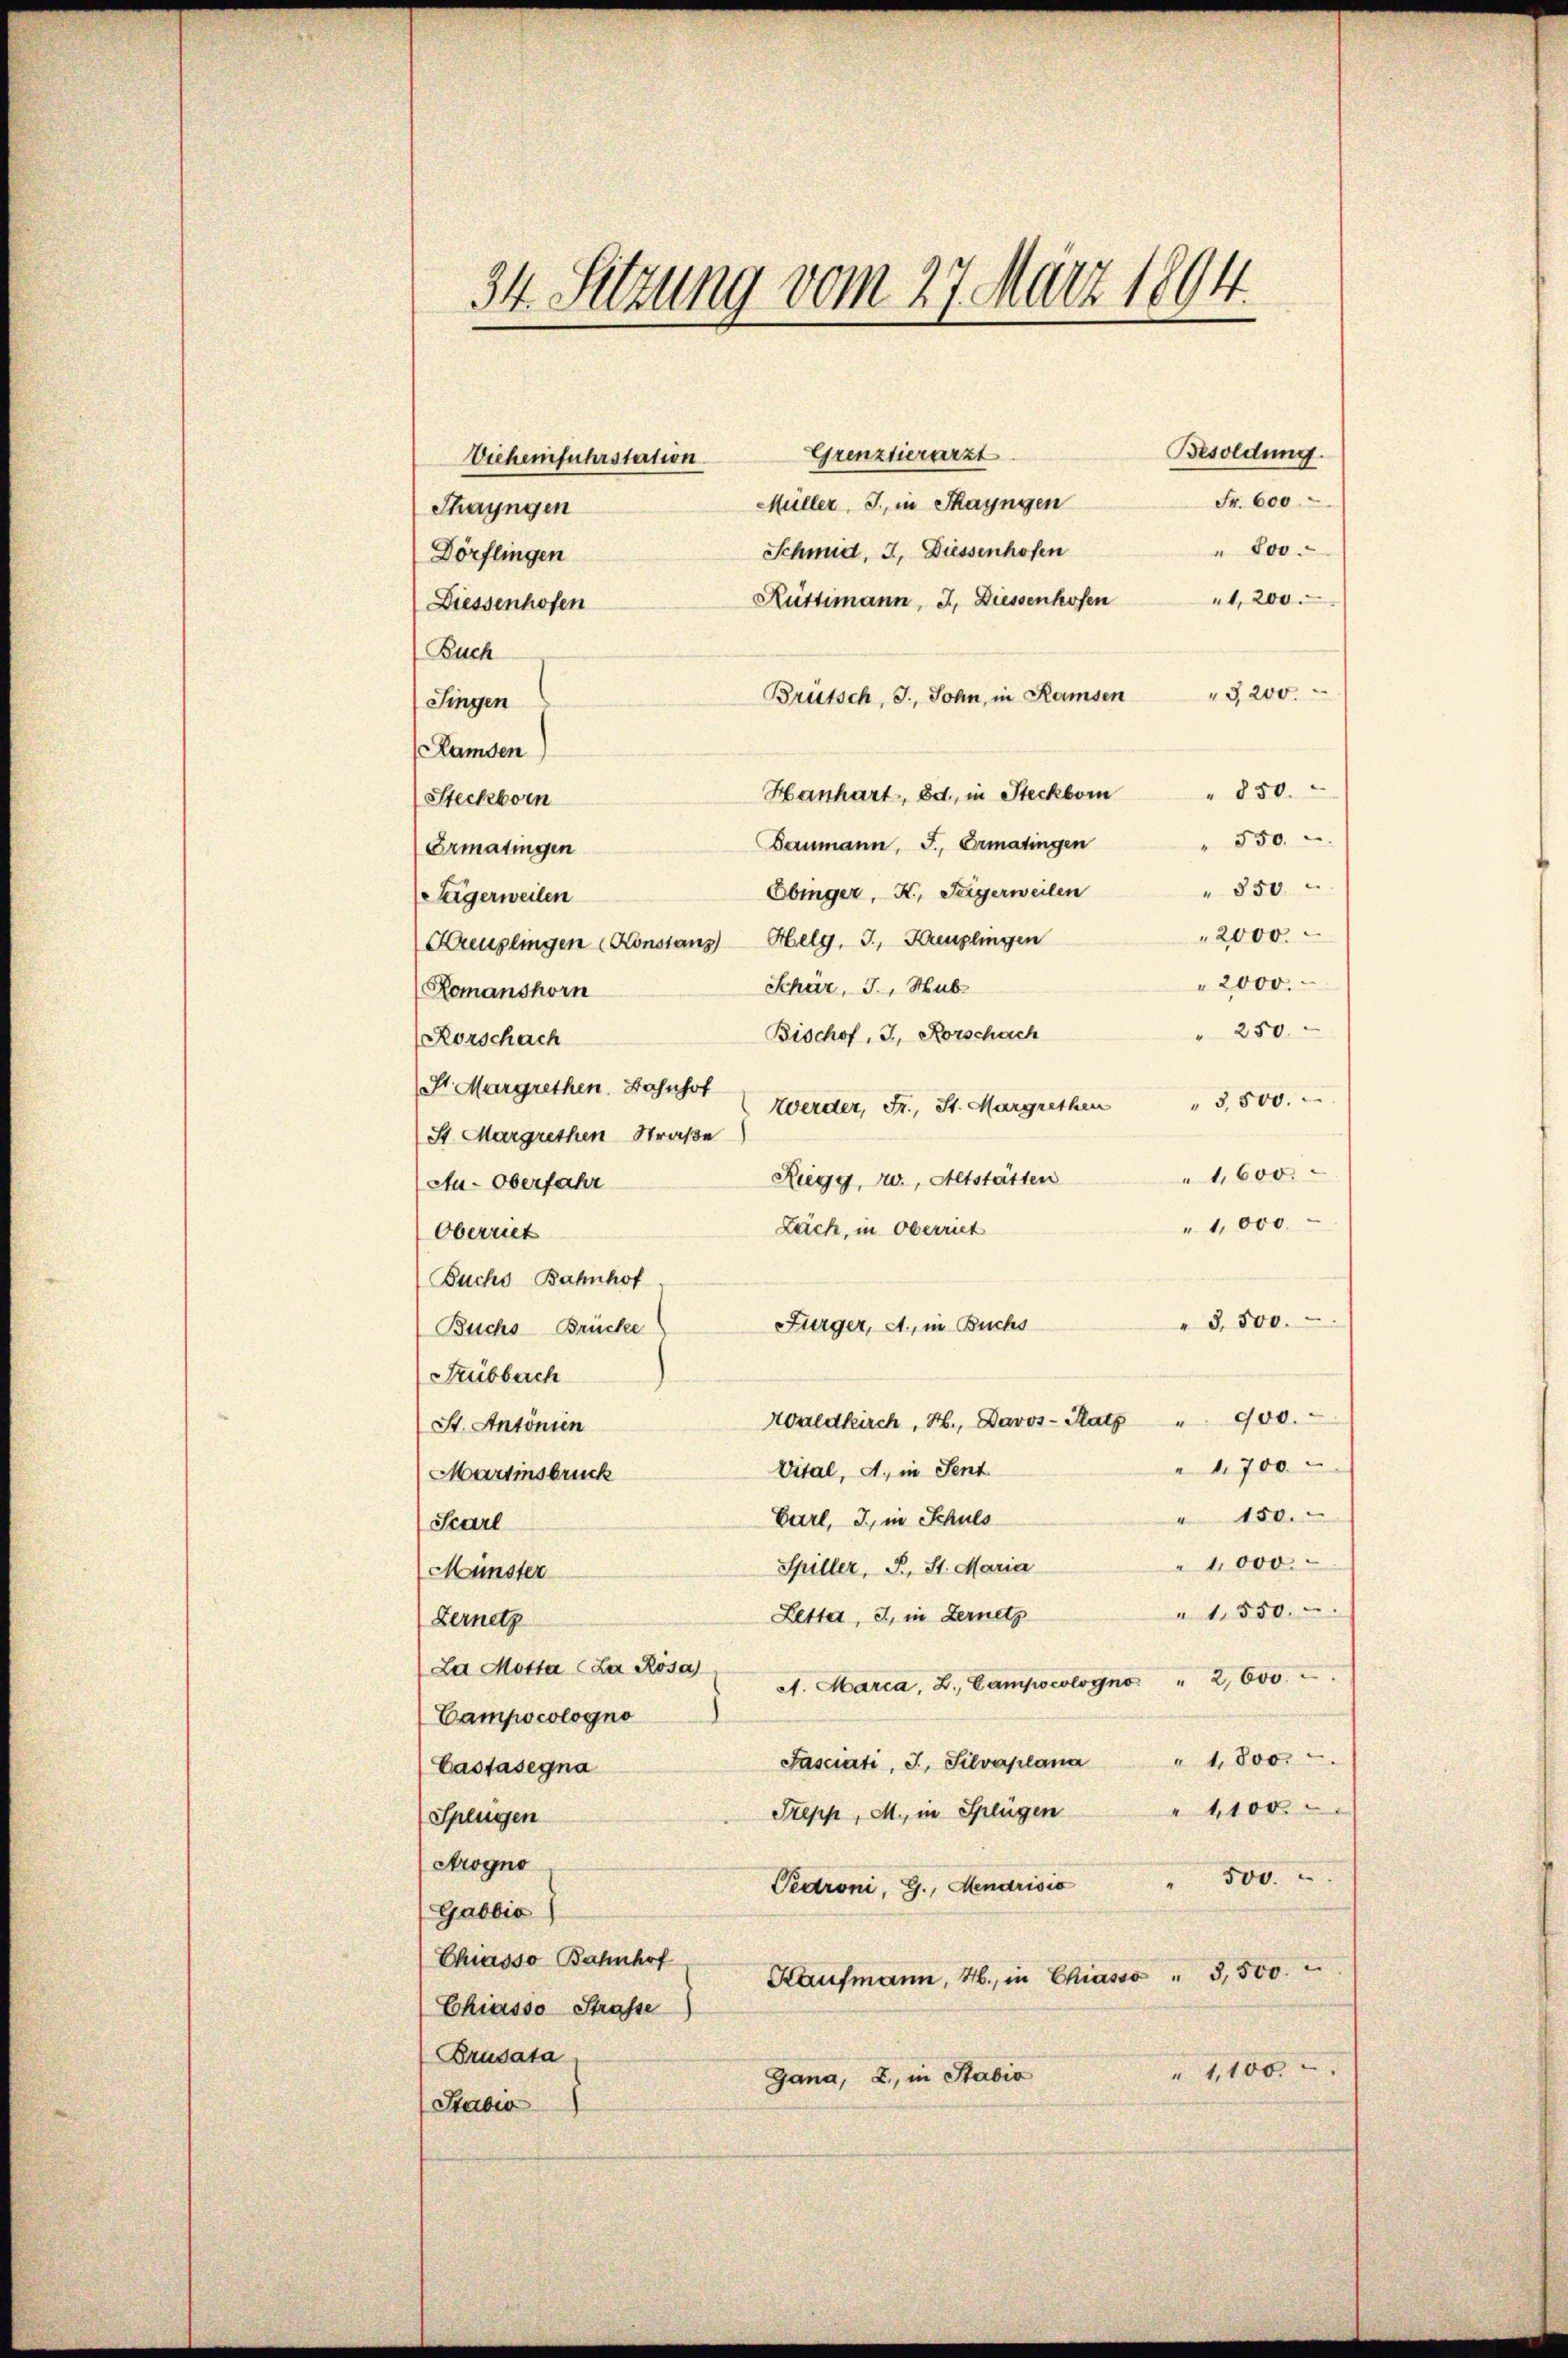
34. Setzung vom 27. März 1894.

Besoldung.
Grenztierarzt.
Fr. 600
Müller, J., in Thayngen
" Jos.
Schmid, I. Diessenhofen
Rüttimann, I. Diessenhofen 1. 200.
Buch
Brütsch, I., Sohn, in Ramsen " 3200.
Singen
Ramden
Hanhart, Edt., in Steckborn " 850.
Steckborn
550.
Baumann, J., Ermatingen
Ermatingen
" 350
Obinger, K. Sagerweilen
Sägerweilen
2000.
Kreuzlingen Konstans Helg. J., Kanzlingen
2000.
Schar, J., Hub
Romanshorn
" 250.
Bischof, J. Rorschach
Rorschach
St. Margrethen, Bahnhof
Werder, Fr., St. Margrethen " 3,500.
St. Margrethen Straße
1,600.
Riegg, u., Altstätten
Au-Oberfahr
"1,000.
Lach, in Oberriet
Oberriet
Buchs Bahnhof
" 3,500.
Fürger, A., in Buchs
Buchs Brücke
Seibburch
Waldkirch, H., Davos-Ratz " 900.
St. Antonien
4700
Vital, A., in Sent
Martinsbruck
" 150.
Carl, I., in Schuls
Starl
1,000.
Spiller, P. St. Maria
Münster
1,550.
Letter, J., in Fernetz
Lernetz
La Motta (La Rosa)
A. Marca, L. Campocologno  "  2600.
Campocologno
" 1,800.
Fasciati, I., Silvaplana
Castasegna
" 1100.
Trepp, M., in Splügen
Spengen
Arogno
500.
Pedroni, G., Mendrisio
Gabbić)
Chiasso Bahnhof
Kaufmann, H., in Chiasso " 3,500.
Chiasso Strasse
Brusata
" 1,100.
Gana, 2, in Stabio
Sterbin

Viehenfuhrstation.
Thayngen
Dörflingen
Diessenhofen